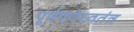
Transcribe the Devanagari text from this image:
पूर्णपणेस्वतंत्र